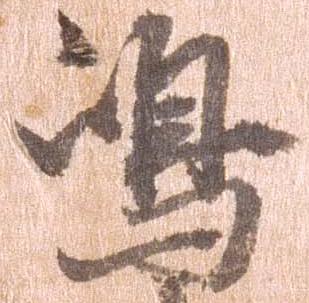
島